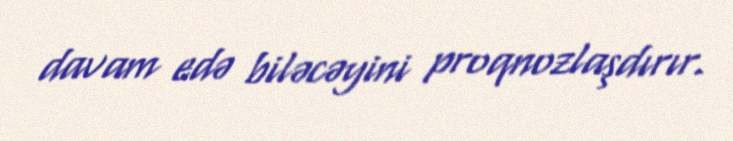
davam edə biləcəyini proqnozlaşdırır.